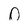
Character: O